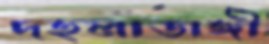
দহলাডাঙ্গী